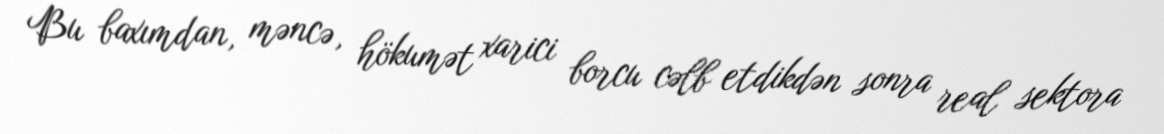
Bu baxımdan, məncə, hökumət xarici borcu cəlb etdikdən sonra real sektora